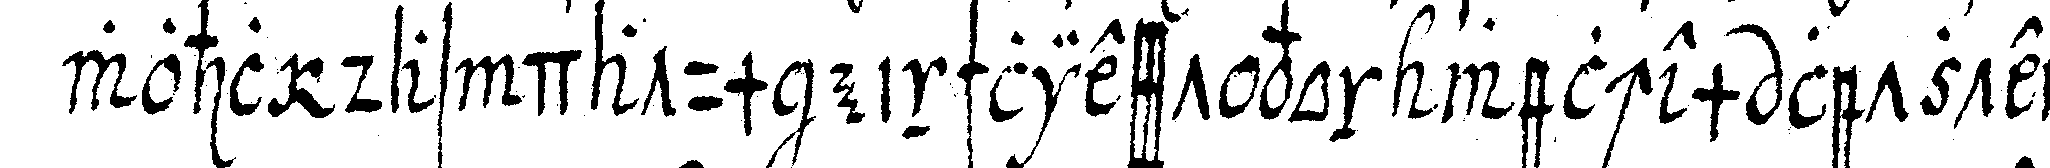
wohl das datum einschliesst von welchem letztern